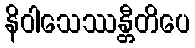
နိဝါသေဿန္တီတိပေ